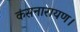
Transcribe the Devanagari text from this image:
कंसनारायण।